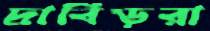
দ্রাবিড়রা